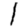
Digit: 1